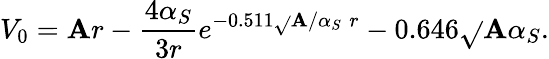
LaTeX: V_{0}=\mathbf{A}r-\frac{{4\alpha_{S}}}{{3r}}e^{-0.511\sqrt{}{{\mathbf{A}/\alpha_{S}}}\; r}-0.646\sqrt{}{{\mathbf{A}\alpha_{S}}}.